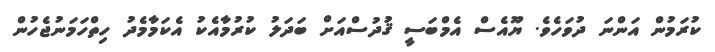
ކުރަމުން އަންނަ ދުވަހެވެ. ޔޫއެސް އެމްބަސީ ޤުދުސްއަށް ބަދަލު ކުރުމާއެކު އެކަމާމެދު ހިތްހަމަނުޖެހުން